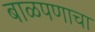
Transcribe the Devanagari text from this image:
बाळपणाचा